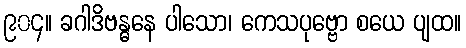
၉၀၄။ ခဂါဒိဗန္ဓနေ ပါသော၊ ကေသပုဗ္ဗော စယေ ပျထ။